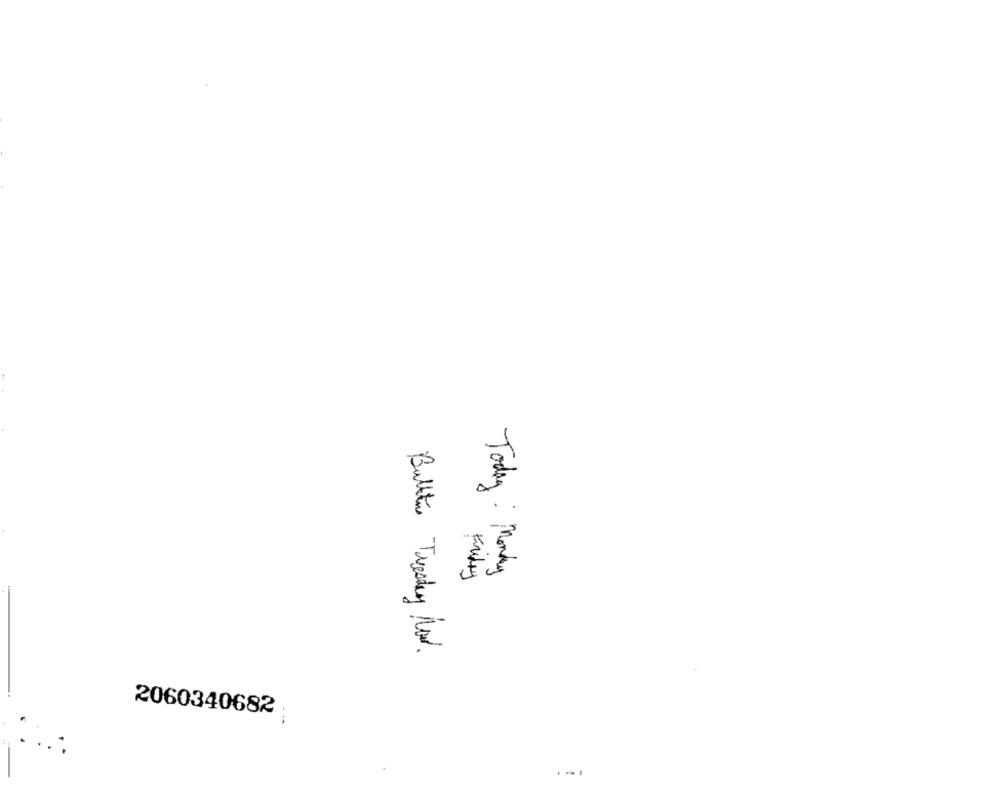
Today : Monday
Bulten Tuesday Now.
2060340682
..